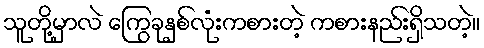
သူတို့မှာလဲ ကြွေခုနှစ်လုံးကစားတဲ့ ကစားနည်းရှိသတဲ့။